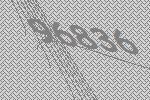
96836